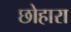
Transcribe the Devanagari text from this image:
छोहारा